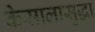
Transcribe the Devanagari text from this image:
केसालासुद्धा